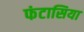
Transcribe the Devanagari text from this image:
फंटासिया